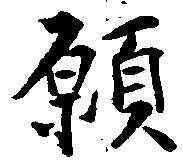
願